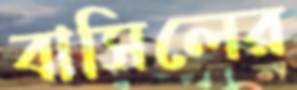
বাসিলের